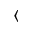
\langle